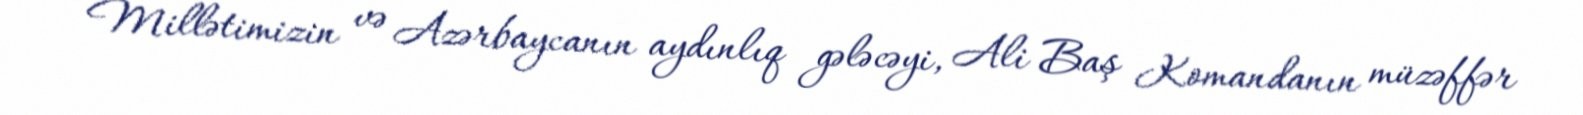
Millətimizin və Azərbaycanın aydınlıq gələcəyi, Ali Baş Komandanın müzəffər